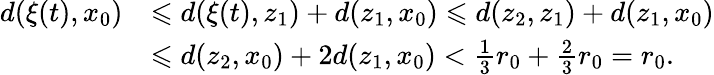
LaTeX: \begin{array}{rl}{d(\xi(t),x_{0})}&{\leqslant d(\xi(t),z_{1})+d(z_{1},x_{0})\leqslant d(z_{2},z_{1})+d(z_{1},x_{0})}\\ &{\leqslant d(z_{2},x_{0})+2d(z_{1},x_{0})<\frac{1}{3}r_{0}+\frac{2}{3}r_{0}=r_{0}.}\end{array}